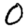
Digit: 0